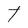
Character: T